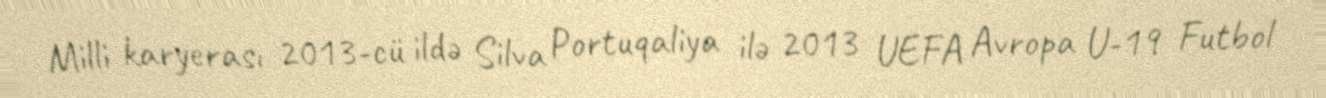
Milli karyerası 2013-cü ildə Silva Portuqaliya ilə 2013 UEFA Avropa U-19 Futbol